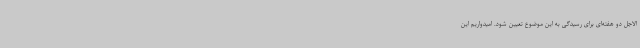
الاجل دو هفته‌ای برای رسیدگی به این موضوع تعیین شود. امیدواریم این